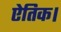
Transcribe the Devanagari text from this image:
ऐतिक।